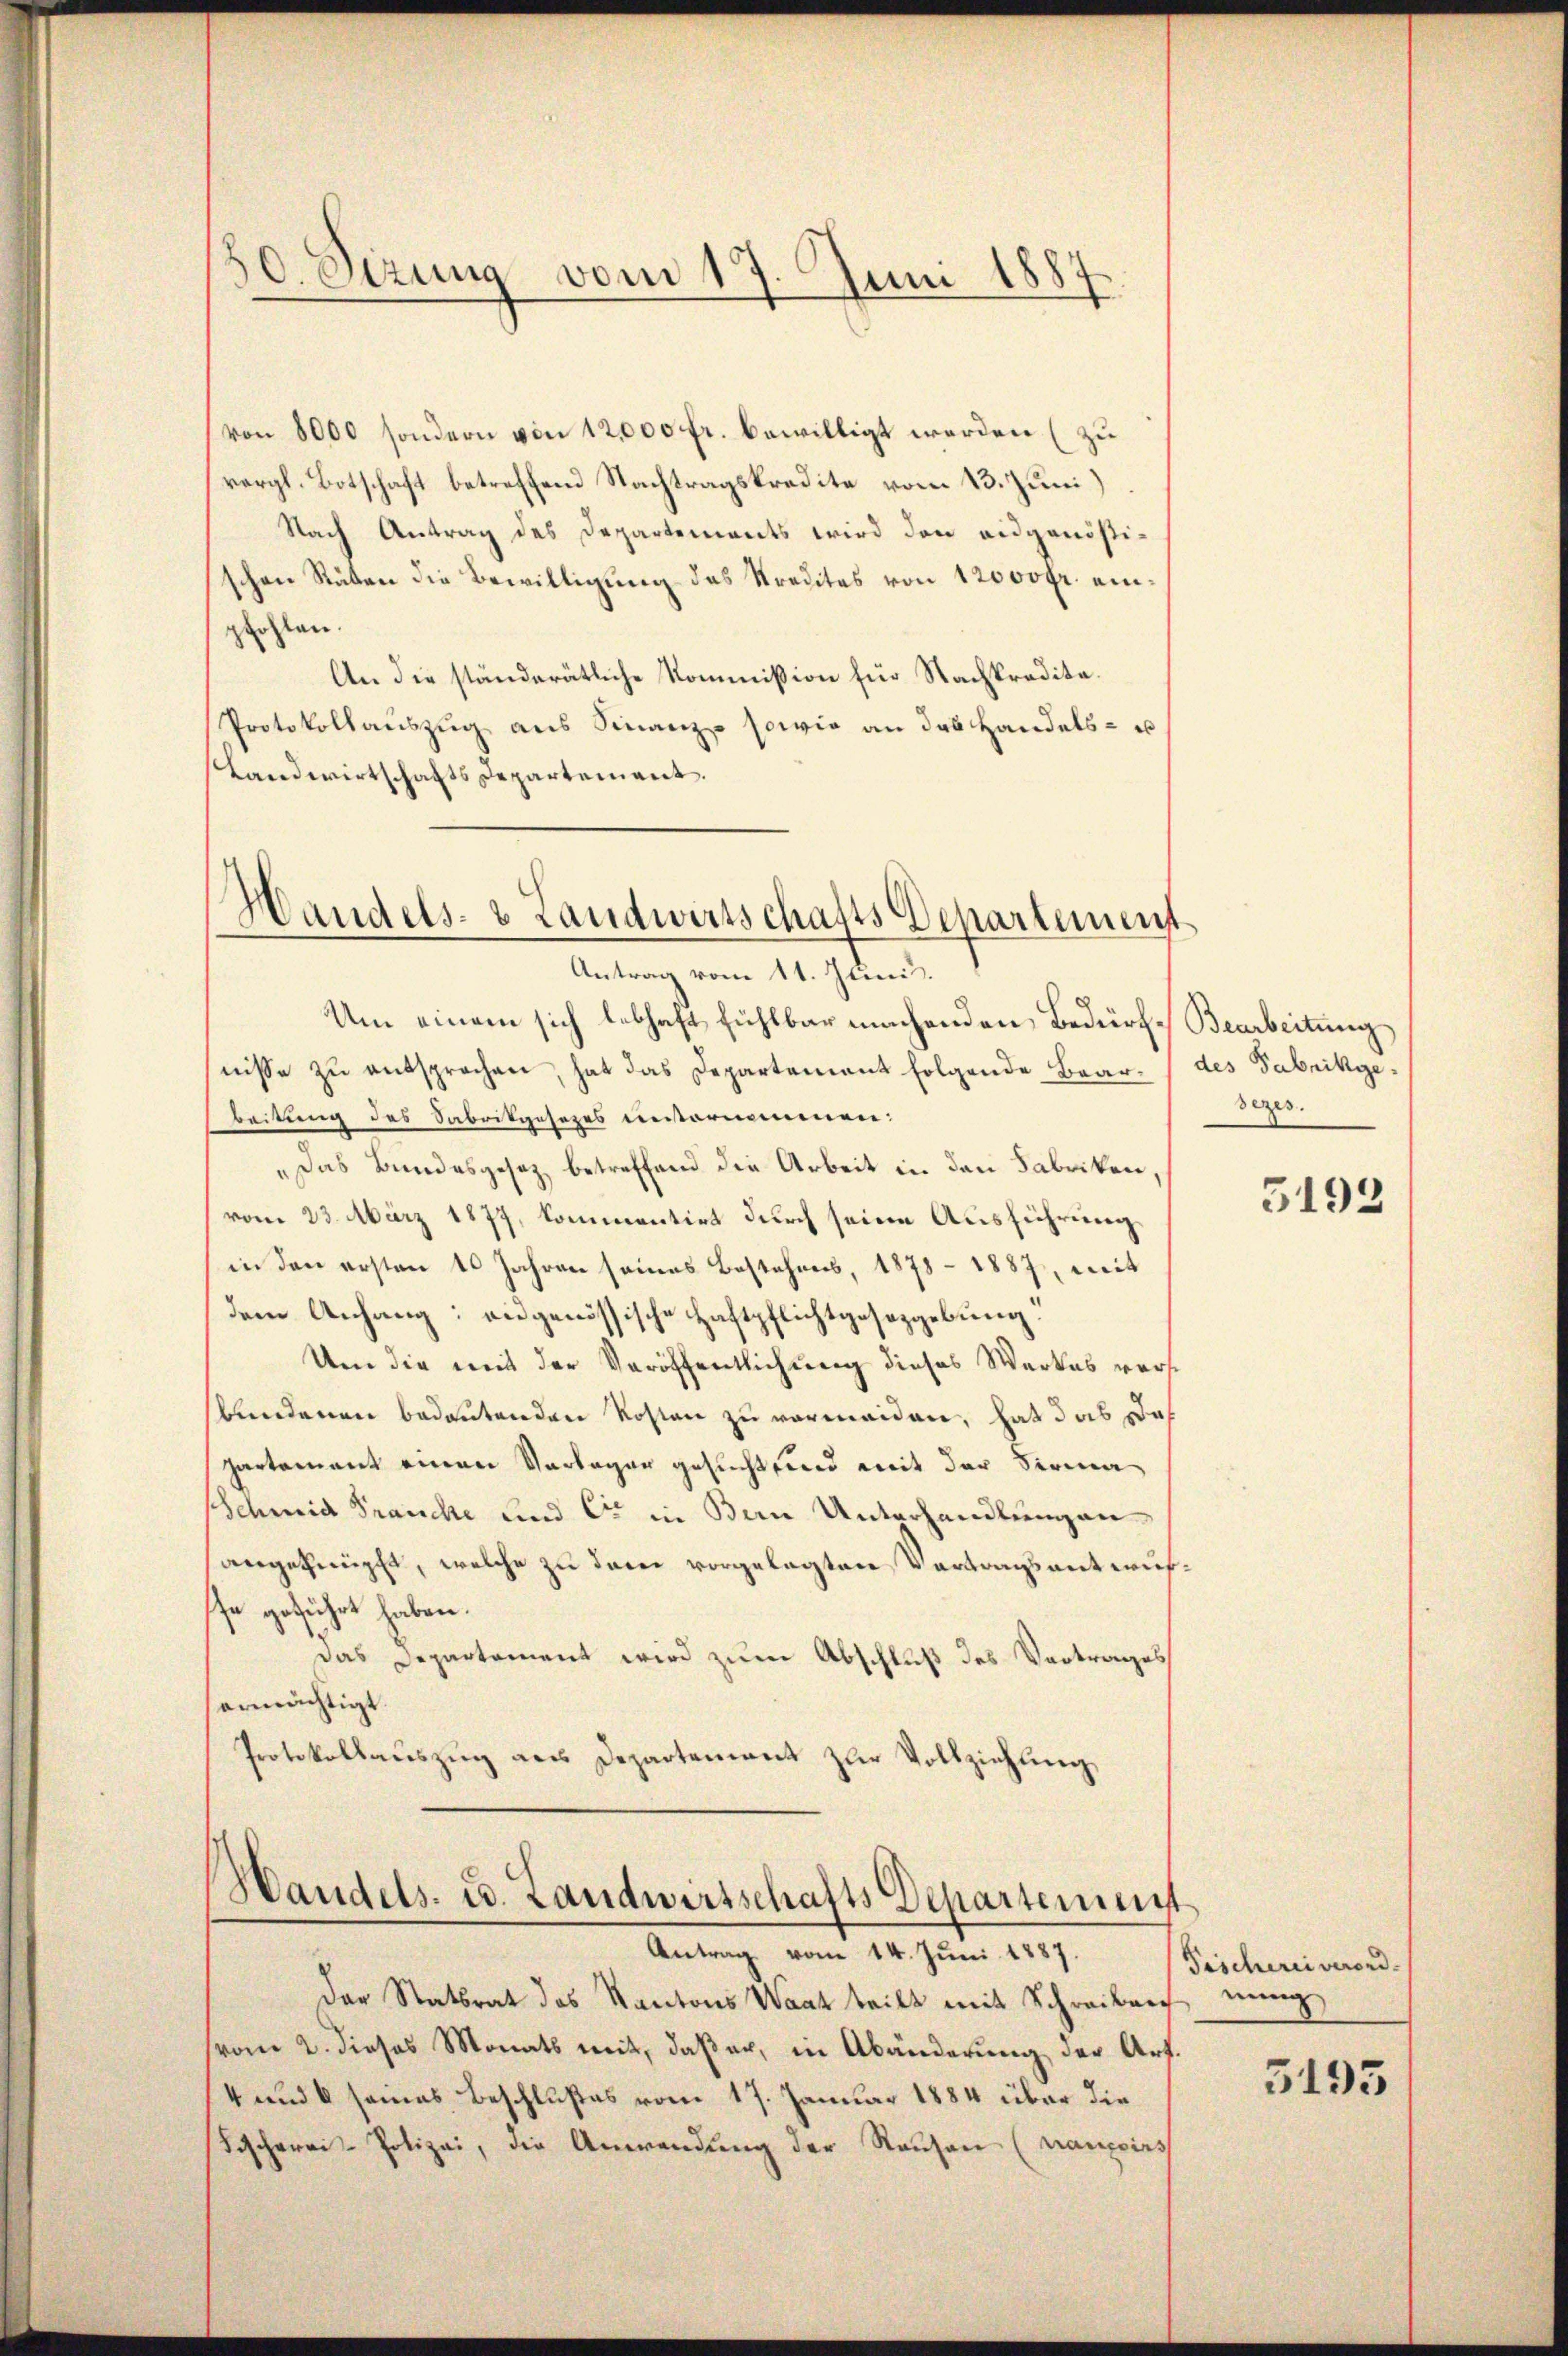
50. Sizung vom 17. Juni 1887
d

(von 8000 sondern von 12,000 fr. bewilligt werden (zu
vergl. Botschaft betreffend Nachtragskredite vom 13. Juni
Nach Antrag des Departements wird den eidgenößischen Räten die Bewilligung des Kredites von 12000fr. einpfohlen.
An die ständerätliche Kommission für Nachkredita¬
Protokollaŭszŭg aŭs Finanz- sowie an das Handels- u
Landwirtschafts Departement.
Handels- & Landwirtschafts Departement

Antrag vom 11. Juni.

Handels- u. Landwirtschafts Departement
Antrag vom 14. Juni 1887.

Um einem sich lebhaft fühlbar machenden Bedürf-Bearbeitung
nisse zŭ entsprochen, hat das Departement folgende Baar, des Fabrikgebeitung des Sabrikgesezes einternommen:
„Das Bundesgesez betreffend die Arbeit in den Fabriken,
vom 23. März 1877, kommentirt durch seine Ausführung
in den ersten 10 Jahren seines Bestehens, 1878 - 1887, mit
dem Anhang: angenössische Haftpflichtgesetzgebung.
Um die mit der Veröffentlichung dieses Werkes vorbundenen bedeutenden Kosten zu vermeiden, hat das Das
partement einen Vorlager gesucht und mit der Firma
Schmid Frauche und C in Bern Unterhandlungen
angeknüpft, welche zu dem vorgelegten Vertragsentwufsse geführt haben.
Das Departement wird zum Abschluß des Vortrages
ermächtigt.
Protokollauszug aus Departement zur Vollziehung

sezes.

der Statsrat des Kantons Waat teilt mit Schreiben nung
vom 2. dieses Monats mit, daß er, in Abänderung der Art.
4 und 6 seines Beschlußes vom 17. Januar 1884 über die
Fischerei-Polizei, die Anwendung der Rausen (nauoirs

3192

Fischerei verord.

3195